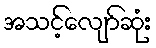
အသင့်လျော်ဆုံး